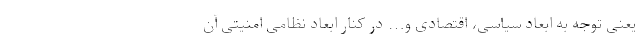
یعنی توجه به ابعاد سیاسی، اقتصادی و… در کنار ابعاد نظامی امنیتی آن